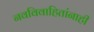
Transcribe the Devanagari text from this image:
नवविवाहितांनाही